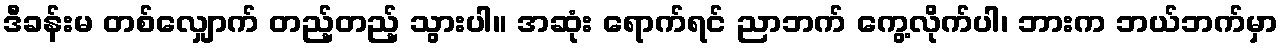
ဒီခန်းမ တစ်လျှောက် တည့်တည့် သွားပါ။ အဆုံး ရောက်ရင် ညာဘက် ကွေ့လိုက်ပါ၊ ဘားက ဘယ်ဘက်မှာ